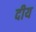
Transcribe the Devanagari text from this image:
दीय